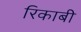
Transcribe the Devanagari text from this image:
रिकाबी